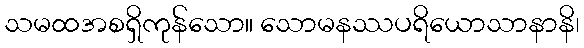
သမထအစရှိကုန်သော။ သောမနဿပရိယောသာနာနိ၊